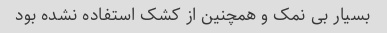
بسیار بی نمک و همچنین از کشک استفاده نشده بود